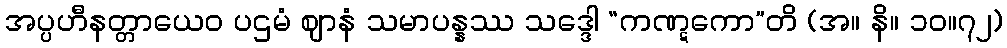
အပ္ပဟီနတ္တာယေဝ ပဌမံ ဈာနံ သမာပန္နဿ သဒ္ဒေါ “ကဏ္ဋကော”တိ (အ။ နိ။ ၁၀။၇၂)